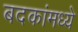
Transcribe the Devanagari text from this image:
बदकांमध्ये